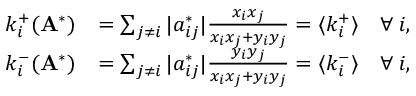
\begin{array} { r l } { k _ { i } ^ { + } ( \mathbf { A } ^ { * } ) } & { = \sum _ { j \neq i } | a _ { i j } ^ { * } | \frac { x _ { i } x _ { j } } { x _ { i } x _ { j } + y _ { i } y _ { j } } = \langle k _ { i } ^ { + } \rangle \quad \forall \: i , } \\ { k _ { i } ^ { - } ( \mathbf { A } ^ { * } ) } & { = \sum _ { j \neq i } | a _ { i j } ^ { * } | \frac { y _ { i } y _ { j } } { x _ { i } x _ { j } + y _ { i } y _ { j } } = \langle k _ { i } ^ { - } \rangle \quad \forall \: i , } \end{array}